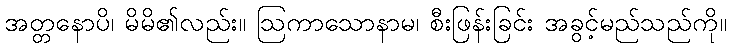
အတ္တနောပိ၊ မိမိ၏လည်း။ ဩကာသောနာမ၊ စီးဖြန်းခြင်း အခွင့်မည်သည်ကို။